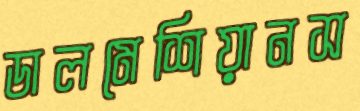
ডালমেশিয়ানস